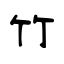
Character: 竹